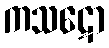
ကသဋော